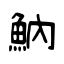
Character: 魶